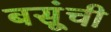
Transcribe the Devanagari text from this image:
बसूंची